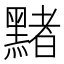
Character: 䵭